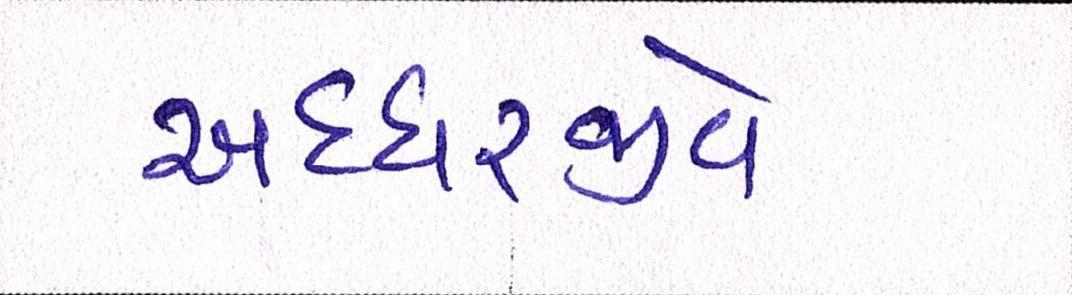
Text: અધ્ધરજીવે